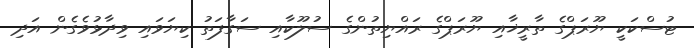
ޓުސްކަކީ ޔޫރަޕްގެ ތާރީޚާއި ޔޫރަޕްގެ ރައްޔިތުންގެ ސުލޫކާއި ސަގާފަތު ކިޔަވައި ވިދާޅުވެގެން އަދި